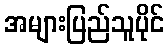
အများပြည်သူပိုင်